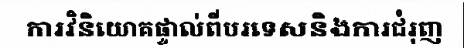
ការវិនិយោគផ្ទាល់ពីបរទេសនិងការជំរុញ